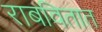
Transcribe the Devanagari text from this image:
राबवितात